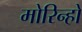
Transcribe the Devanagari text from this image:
मोरिन्हो